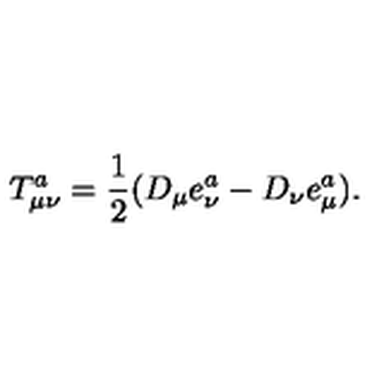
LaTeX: T _ { \mu \nu } ^ { a } = \frac 1 2 ( D _ { \mu } e _ { \nu } ^ { a } - D _ { \nu } e _ { \mu } ^ { a } ) .